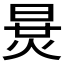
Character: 𣇪